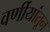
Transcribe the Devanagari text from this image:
वर्णीयांतून